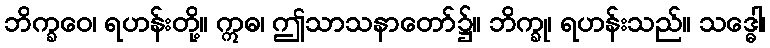
ဘိက္ခဝေ၊ ရဟန်းတို့။ ဣဓ၊ ဤသာသနာတော်၌။ ဘိက္ခု၊ ရဟန်းသည်။ သဒ္ဓေါ၊